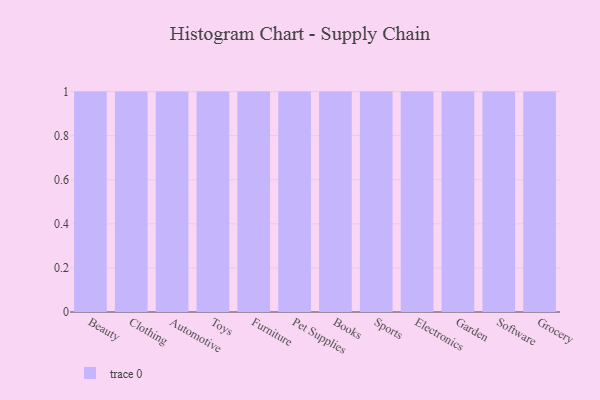
{"axis": {"x": "Category", "y": "Headcount"}, "legend": [""], "data": [{"x": "Beauty", "y": 23, "type": ""}, {"x": "Clothing", "y": 19, "type": ""}, {"x": "Automotive", "y": 49, "type": ""}, {"x": "Toys", "y": 78, "type": ""}, {"x": "Furniture", "y": 34, "type": ""}, {"x": "Pet Supplies", "y": 99, "type": ""}, {"x": "Books", "y": 92, "type": ""}, {"x": "Sports", "y": 84, "type": ""}, {"x": "Electronics", "y": 72, "type": ""}, {"x": "Garden", "y": 85, "type": ""}, {"x": "Software", "y": 34, "type": ""}, {"x": "Grocery", "y": 95, "type": ""}]}